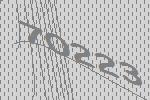
70223